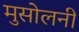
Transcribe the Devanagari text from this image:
मुसोलनी